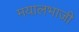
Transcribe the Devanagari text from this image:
मयालभाजी